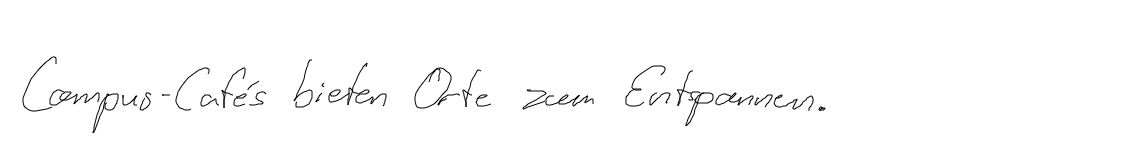
Campus-Cafés bieten Orte zum Entspannen.